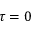
\tau = 0